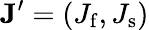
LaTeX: \mathbf{J}^{\prime}=(J_{\mathrm{f}},J_{\mathrm{s}})